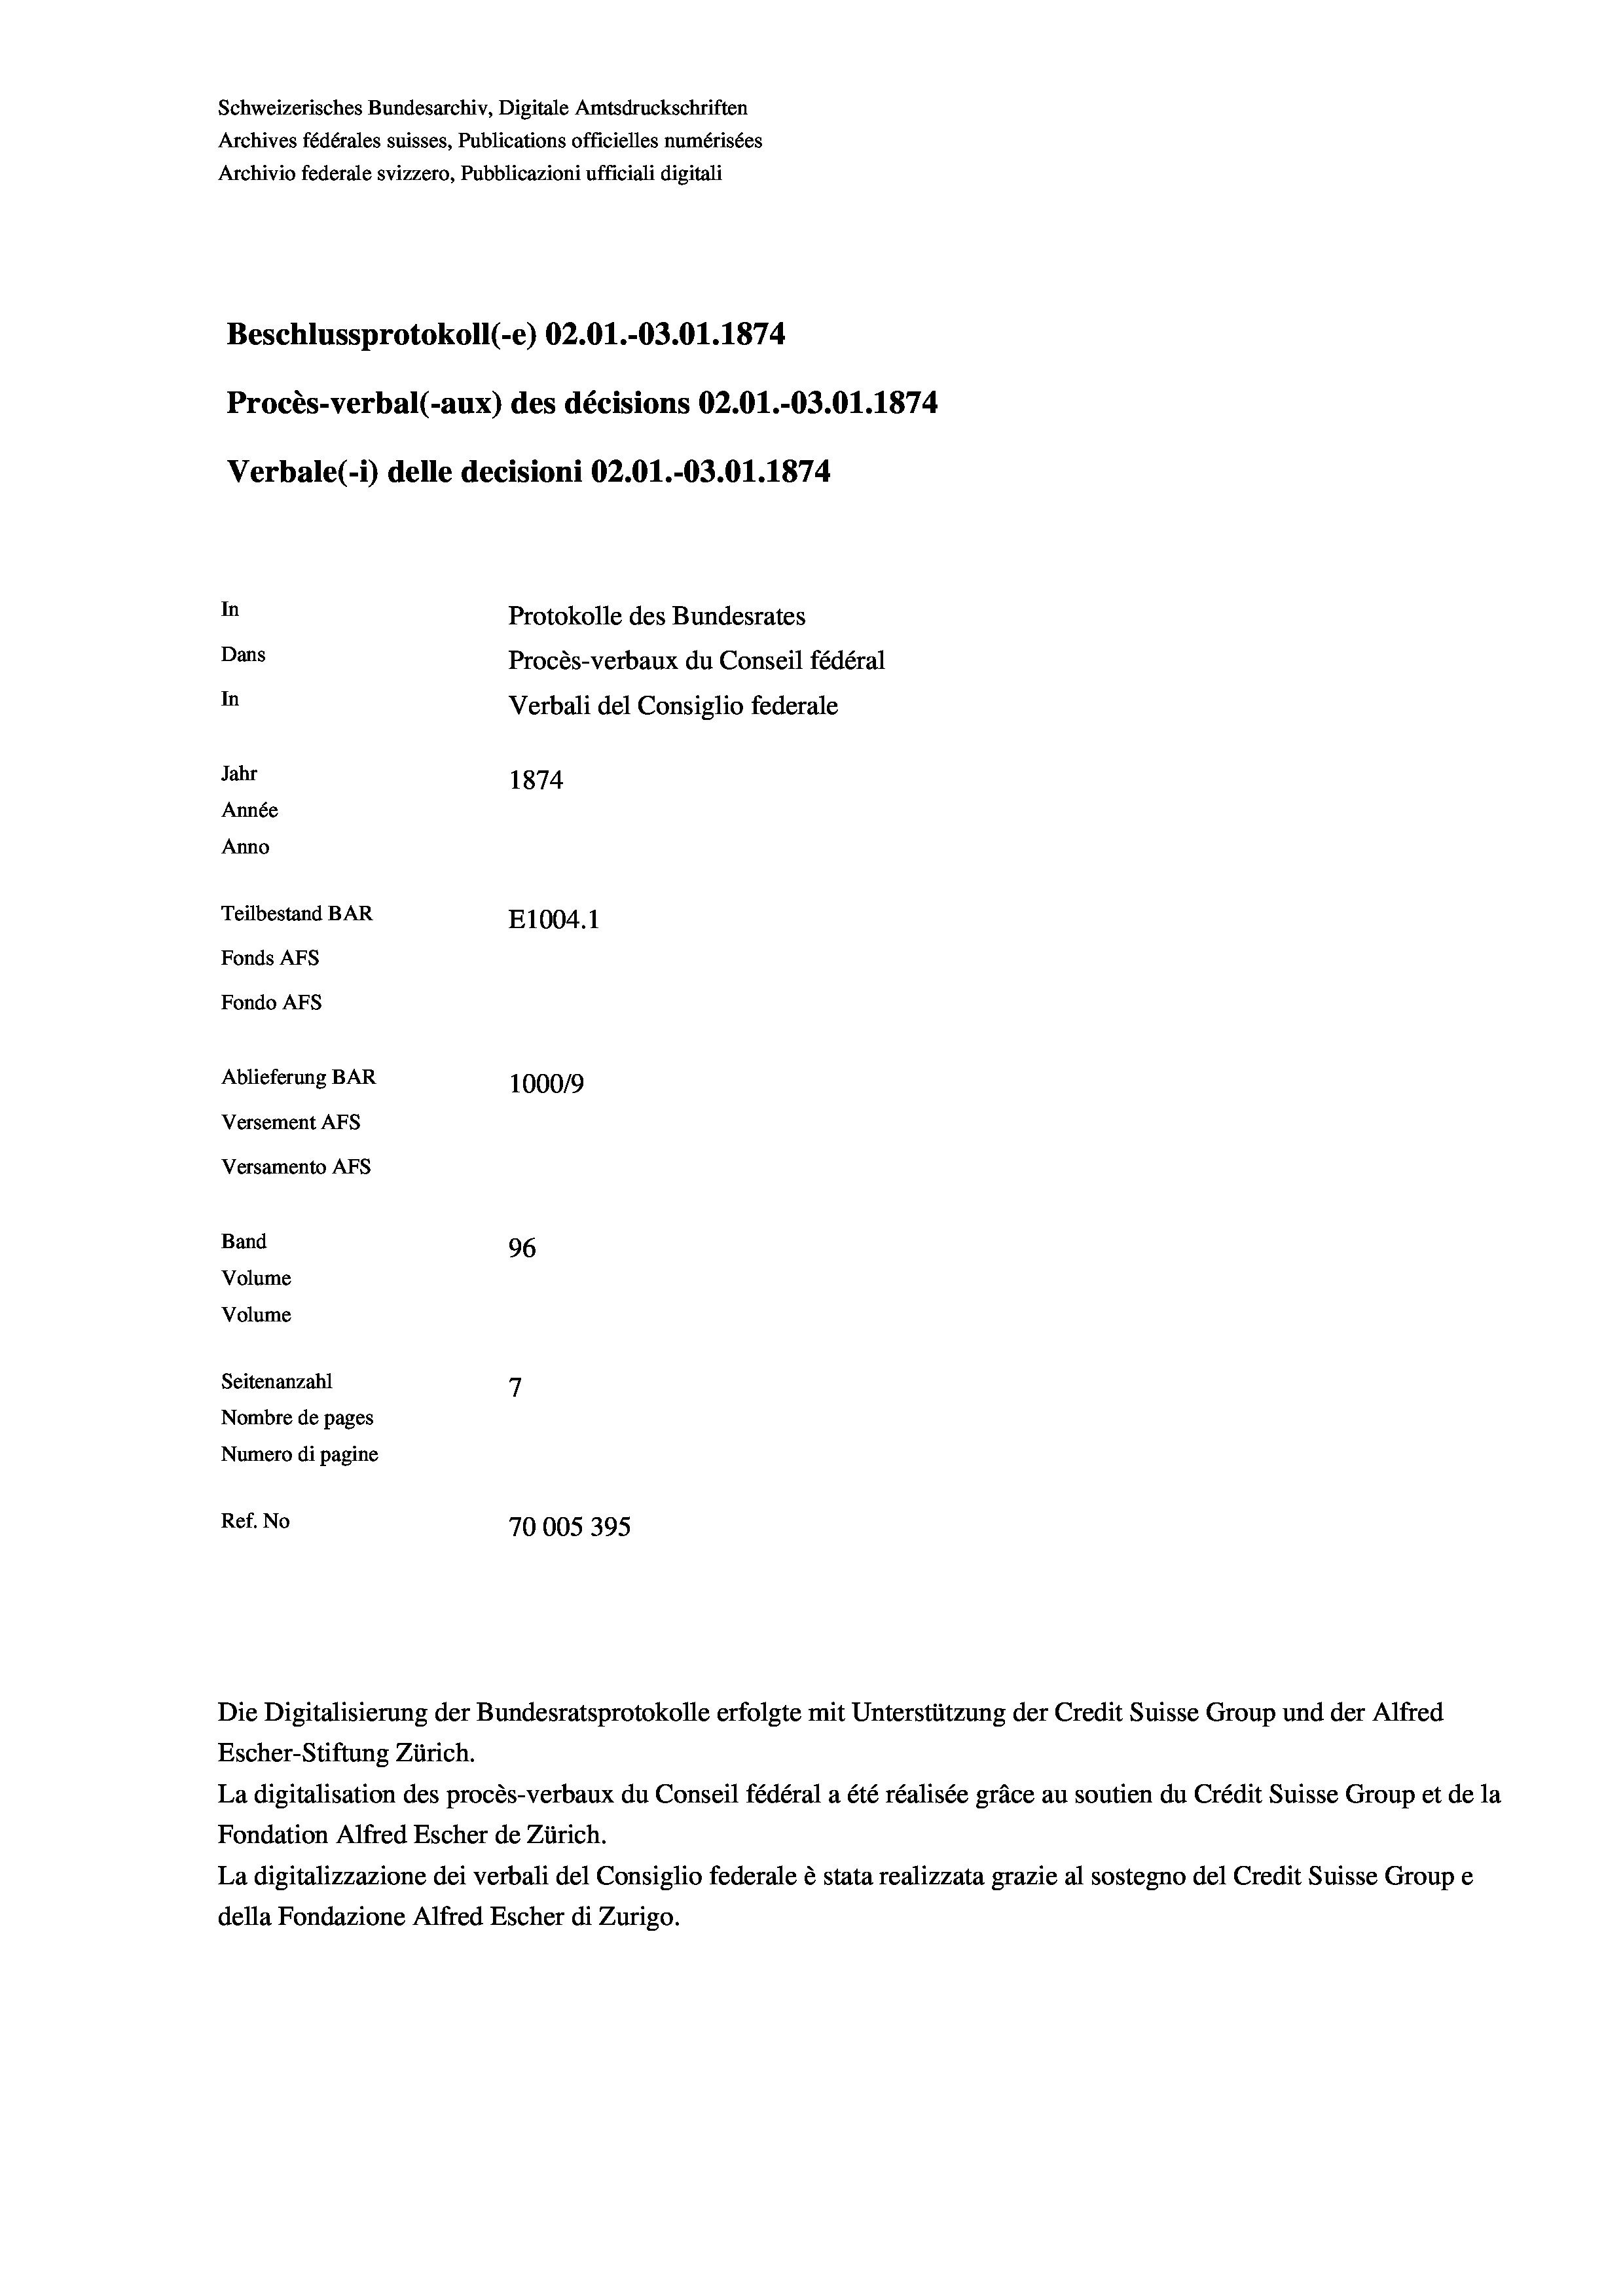
Schweizerisches Bundesarchiv, Digitale Amtsdruckschriften
Archives fédérales suisses, Publications officielles numérisées
Archivio federale svizzero, Pubblicazioni ufficiali digitali
Beschlussprotokoll (-e) 02.01.-03.01. 1874.
Procès-verbal (-aux) des décisions 02.01.-03.01. 1874
Verbale (i) delle decisioni 02.01.-03.01. 1874
In
Protokolle des Bundesrates
Dans
Procès-verbaux du Conseil fédéral
In
Verbali del Consiglio federale
Jahr
1874
Année
Anno
Teilbestand BAR
E1004. 1
Fonds AFs
Fondo AFS
Ablieferung BAR
100019
Versement AFs
Versamento AFs
Band
96
Volume
Volume
7
Seitenanzahl
Nombre de pages
Numero di pagine

Ref. No
70005395

Escher-Stiftung Zürich.
La digitalisation des procès-verbaux du Conseil fédéral a été réalisée gräce au soutien du Crédit Suisse Group et de la
Fondation Alfred Escher de Zürich.
La digitalizzazione dei verbali del Consiglio federale è stata realizzata grazie al sostegno del Credit Suisse Groupe
della Fondazione Alfred Escher di Zurigo.

Die Digitalisierung der Bundesratsprotokolle erfolgte mit Unterstützung der Credit Suisse Group und der Alfred